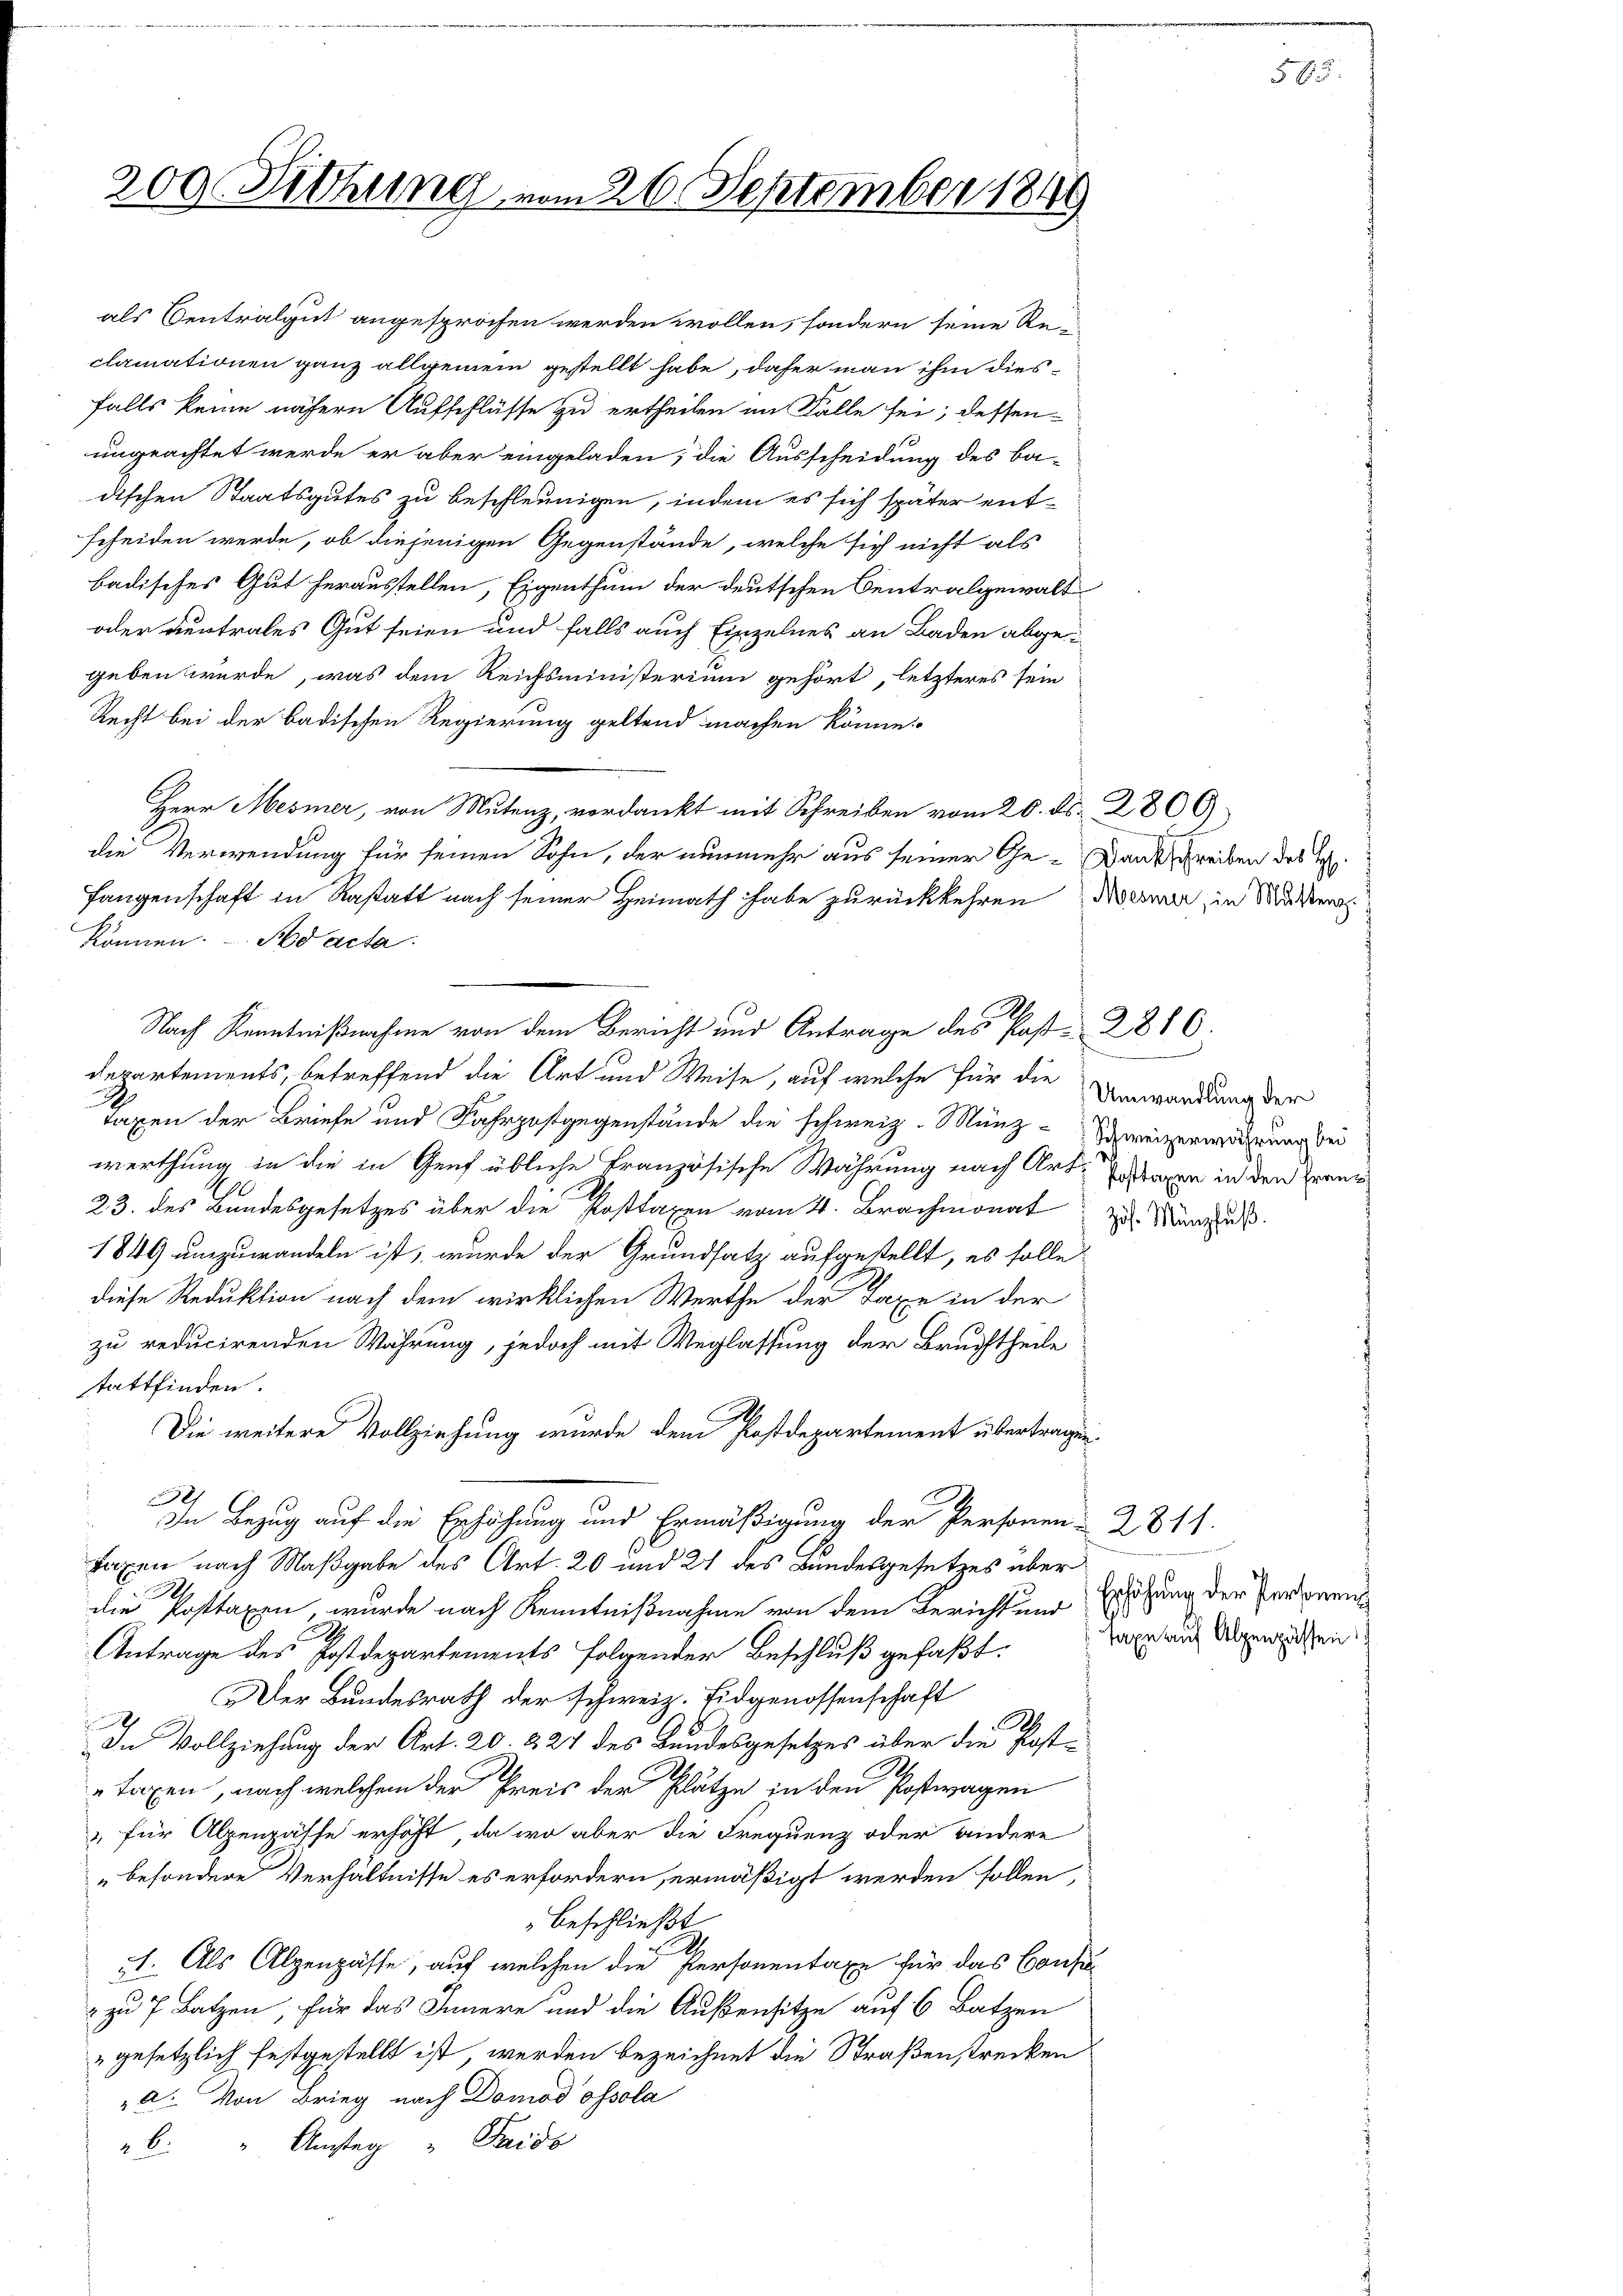
200. Sitzung vom 26. September 1849

als Centralgut angesprochen werden wollen, sondern seine Re-
clamationen ganz allgemein gestellt habe, daher man ihm diesfalls keine nähern Aufschlüsse zu ertheilen im Falle sei; dessen
ungeachtet werde er aber eingeladen; die Ausscheidung des ba-
dischen Staatsgutes zu beschleunigen, indem es sich später entscheiden werde, ob diejenigen Gegenstände, welche sich nicht als
badisches Gut heraustellen, Eigenthum der deutschen Centralgewalt
oder vertrales Gut seien und falls auch Einzelnes an Baden abgegeben würde, was dem Reichsministerium gehört, letzteres sein
Recht bei der badischen Regierung geltend machen könne.
Herr Mesner, von Mutenz, verdankt mit Schreiben vom 20. ds. 2800
die Verwendung für seinen Sohn, der nunmehr aus seiner Ge- Dankschreiben des He
Langenschaft in Rastatt nach seiner Heimath habe zurückkehren Kerner in Mater
können. Ad acta.
Nach Kenntnißnahme von dem Bericht und Antrage des Post. 2816.
departements, betreffend die Art und Weise, auf welche für die
d
taxen der Briefe und Fahrpostgegenstände die schweiz. Münz-Schweizerwahrung bei
werthung in die in Genf übliche Französische Währung nach Art. Erstagen in den Zwang
23. des Bundesgesetzes über die Posttaxen vom 4. Brachmonat zu Manus
1849 umzuwandeln ist, wurde der Grundsatz aufgestellt, es solle
diese Reduktion nach dem wirklichen Werthe der Taxe in der
zu reducirenden Währung, jedoch mit Weglassung der Bruchtheile
stattfinden.
Die weitere Vollziehung wurde dem Postdepartement übertragen.
und ich
In Bezug auf die Erhöhung und Ermäßigung der Personen 2811.
Laxen nach Maßgabe des Art. 20 und 21 des Bundesgesetzes über
.
die Posttaxen, wurde nach Kenntnißnahme von dem Bericht und Erhöhung der Personen
Antrage des Postdepartements folgender Beschluß gefaßt:
Der Bundesrath der schweiz. Eidgenossenschaft
A
In Vollziehung der Art. 20. 224 des Bundesgesetzes über die Posttaxen, nach welchem der Preis der Plätze in den Postwagen
" für Alpenpässe erhoft, da wo aber die Frequenz oder andere
„besondere Verhältnisse es erfordern, ermäßigt werden sollen,
beschließt
A
51. Als Alpenpässe, auf welchen die Personentaxe für das Consu
2 zu 7 Batzen, für das Innere und die Außensitze auf 6 Batzen
" gesetzlich festgestellt ist, werden bezeichnet die Straßenstrecken
a. Von Brieg nach Domod ossola
b. " Amsteg " Gaisb

u

585.

Umwandlung der

Taxe auf Alpenpässen